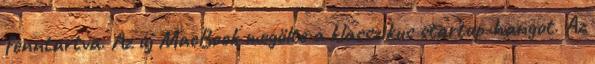
fenntartva. Az új MacBook megölte a klasszikus startup-hangot. Az